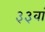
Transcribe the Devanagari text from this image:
३३वां